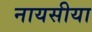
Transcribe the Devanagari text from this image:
नायसीया